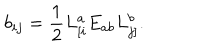
LaTeX: b _ { i j } = \frac { 1 } { 2 } L _ { [ i } ^ { a } E _ { a b } L _ { j ] } ^ { b } .